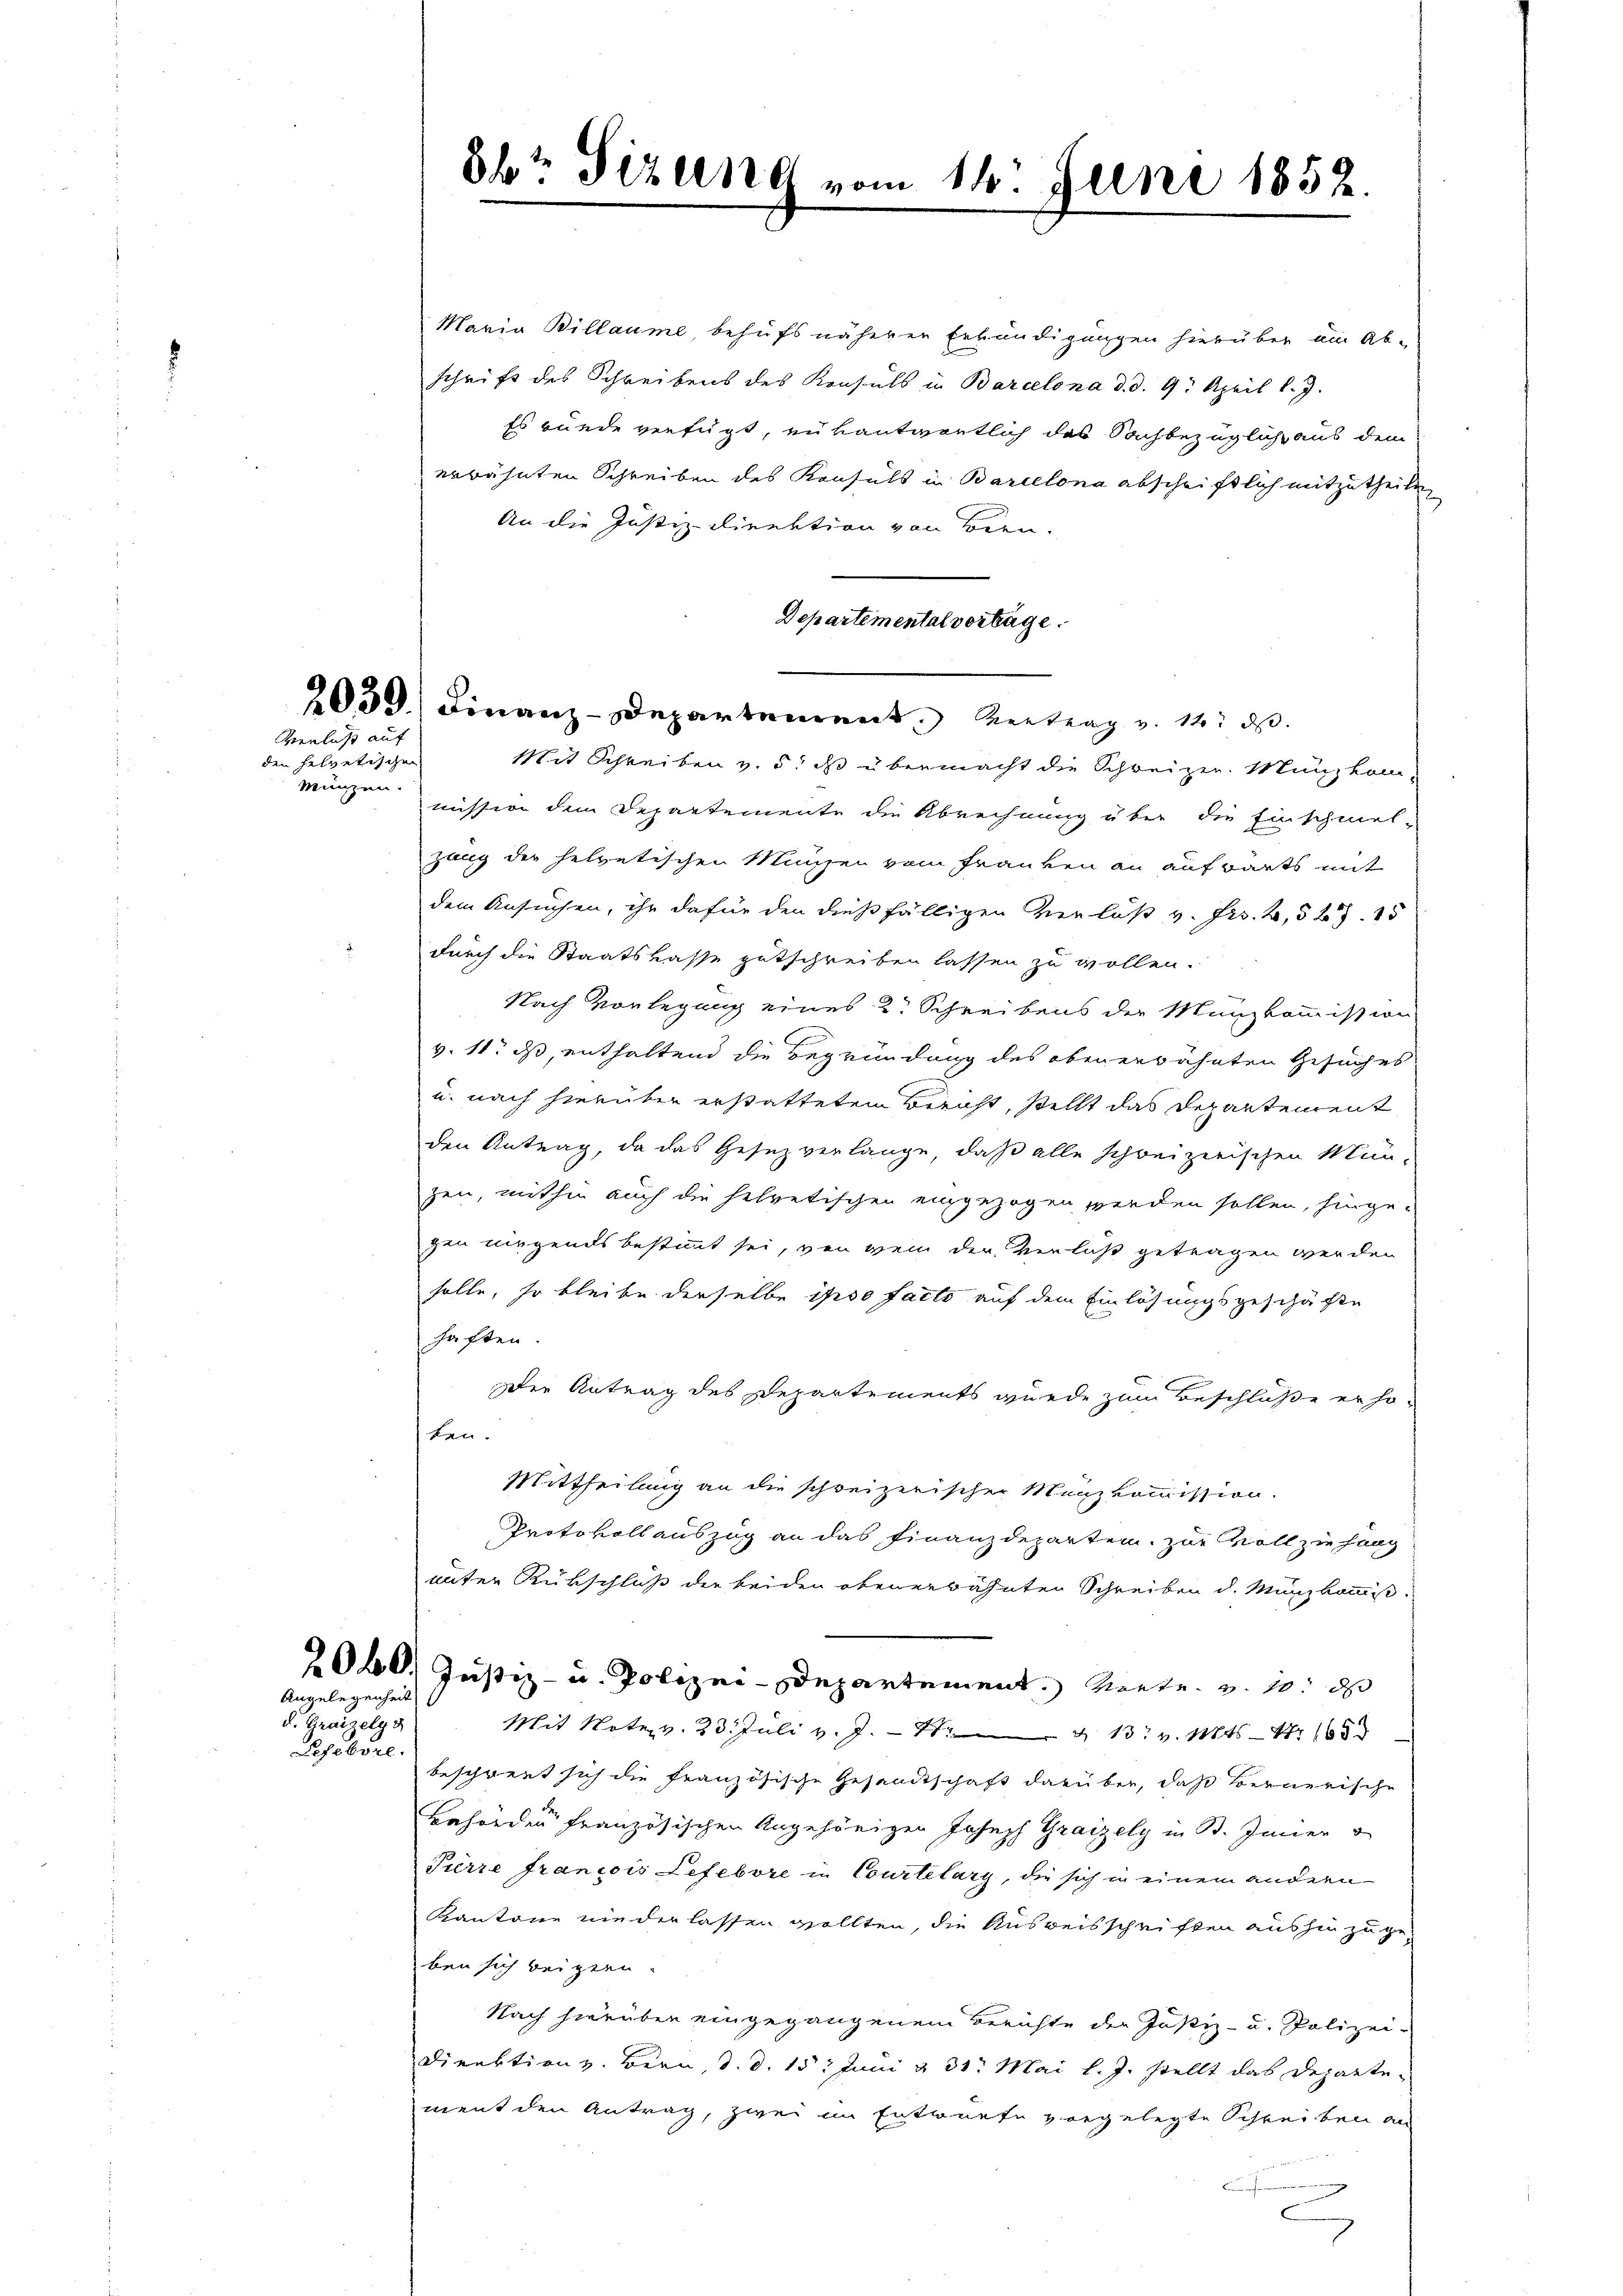
Verlust auf

den helvetischen
Münzen.

Angelegenheit

d. Grazelge
Pefebore

Maria Billaume, behufs näherer Erkundigungen hierüber am Abschrift des Schreibens des Konsuls in Barcelona d. d. 9. April l. J.
Es bunde verfügt, rükantwortlich das Sachbezüglich aus dem
erwähnten Schreiben des Konsuls in Barcelona abschriftlich mitzutheilen
An die Justiz-Direktion von Bern.
Departemental vortrage.
2039.) Finanz-Departement. Vertrag v. 12. ds.
Mit Schreiben v. 5. ds übermacht die Schweizer. Münzkommission dem Departemente die Abrechnung über die Einschmel-
gang der helvetischen Müssen vom Franken an aufwärts mit
dem Ansuchen, ihr dafür den dießfälligen Verlaß v. Frs. 2, 527. 15
durch die Staatskasse gutschreiben lassen zu wollen.
Nach Vorlegung eines 2. Schreibens der Munzkommission
v. 11. ds, enthaltend die Begründung des oben erwähnten Gesuches
u. nach hierüber erstatteten Bericht, stellt das Departement
den Antrag, da das Gesez verlange, daß alle schreizerischen Mün-
zen, mithin auch die helvetischen eingezogen werden sollen, hinge-
gen nirgends bestimmt sei, von wenn der Verlust getragen werden
solle, so bleibe derselbe ipso facto auf dem Einlösungsgeschäfte
haften.
Der Antrag des Departements wurde zum Beschlüße erhoben.
Mittheilung an die schreizerischer Menzkommission.
Protokollauszug an das Finanzdeparten, zur Vollziehung
unter Rükschluß der beiden obenerwähnten Schreiben d. Münzkommiß¬
2040. Justiz- u. Polizei-Departement. Monte. v. 10. ds
Mit Note v. 23. Juli v. J. 1. 13. v. Mts. — Nr 165
beschreut sich die französische Gesamtschaft darüber, daß Bernerische
Bahre der französischen Angehörigen Joseph Graizely in B. Imier
Pierre francois Lefebore in Courtelary, die sich in einem andern
Kantone nieder lassen wollten, die Ausweisschriften aushin zugeben sich beigeru¬
Nach hierüber eingegangenem Berichte der Justiz- u. Polizei-
Direktion v. Bern, d. d. 15. Juni v. 31. Mai l. J. stellt das Departement den Antrag, zwei in Entwurfe vorgelegte Schreiben an
n
c

8br Sizung vom 14. Juni 1852.